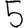
Digit: 5